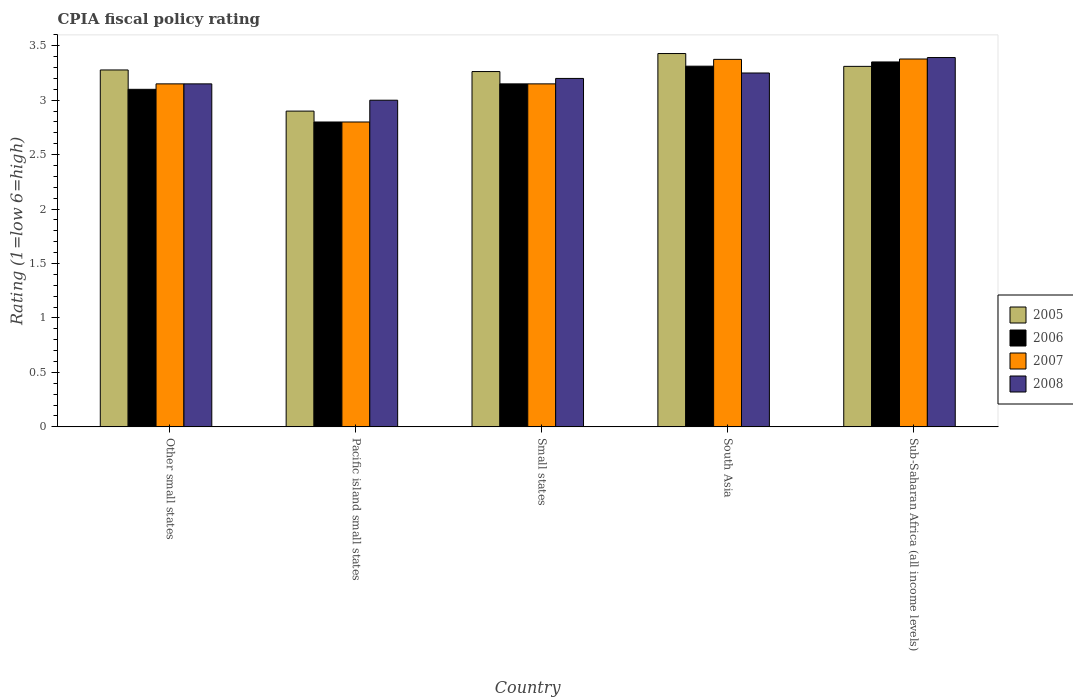
| Country | 2005 | 2006 | 2007 | 2008 |
 | --- | --- | --- | --- | --- |
 | Other small states | 3.28 | 3.1 | 3.15 | 3.15 |
 | Pacific island small states | 2.9 | 2.8 | 2.8 | 3 |
 | Small states | 3.26 | 3.15 | 3.15 | 3.2 |
 | South Asia | 3.43 | 3.31 | 3.38 | 3.25 |
 | Sub-Saharan Africa (all income levels) | 3.31 | 3.35 | 3.38 | 3.39 |